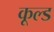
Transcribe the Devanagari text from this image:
कूल्‍ड